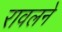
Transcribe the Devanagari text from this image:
रावलने